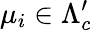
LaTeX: \mu_{i}\in\Lambda_{c}^{\prime}